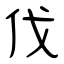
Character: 伐